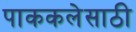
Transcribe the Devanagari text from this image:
पाककलेसाठी